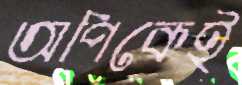
অপিকেই